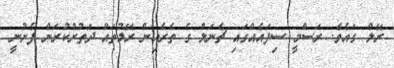
ރޭލް ގައެވެ. ރަސްމީ ސިފައެއްގައި ޗެނަލް ގެ ތެރެއިން ރޭލުތައް ދަތުރުކުރަން ފެށުނީ